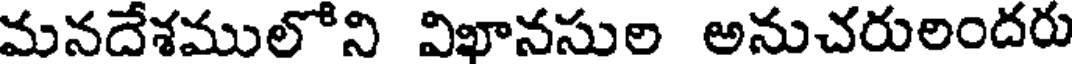
మనదేశములోని విఖానసుల అనుచరులందరు